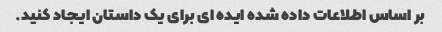
بر اساس اطلاعات داده شده ایده ای برای یک داستان ایجاد کنید.